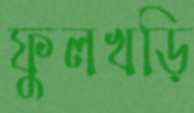
ফুলখড়ি